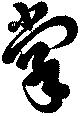
掌